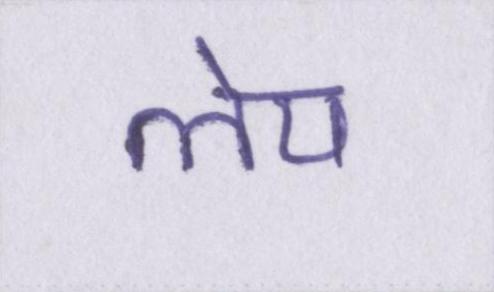
लेप